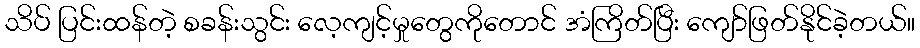
သိပ် ပြင်းထန်တဲ့ စခန်းသွင်း လေ့ကျင့်မှုတွေကိုတောင် အံကြိတ်ပြီး ကျော်ဖြတ်နိုင်ခဲ့တယ်။